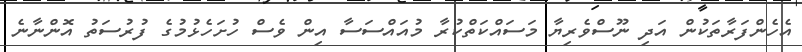
އެހެންފަރާތަކުން އަދި ނޫސްވެރިޔާ މަސައްކަތްކުރާ މުއައްސަސާ އިން ވެސް ހުށަހެޅުމުގެ ފުރުސަތު އޮންނާނެ